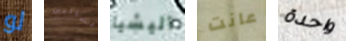
لو الشماليين اليشيا عانت واحدة